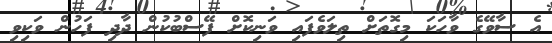
އެ ސާވޭގެ ވާހަކަ މިގޮތަށް ތިލަވެފައި ވަނިކޮށް ފޭސްބުކުން ދާދި ފަހުން ވަކިވި